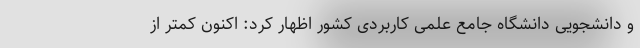
و دانشجویی دانشگاه جامع علمی کاربردی کشور اظهار کرد: اکنون کمتر از